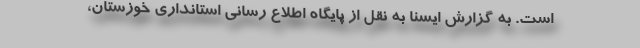
است. به گزارش ایسنا به نقل از پایگاه اطلاع رسانی استانداری خوزستان،